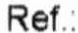
REF.: